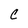
Character: C